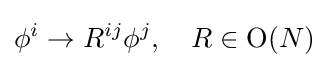
\phi ^{i}\to R^{ij}\phi ^{j},\quad R\in \mathrm {O} (N)